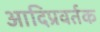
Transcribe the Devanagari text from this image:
आदिप्रवर्तक